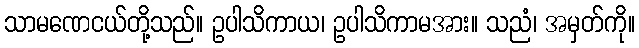
သာမဏေငယ်တို့သည်။ ဥပါသိကာယ၊ ဥပါသိကာမအား။ သညံ၊ အမှတ်ကို။